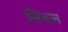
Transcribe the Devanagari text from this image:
सिंकन